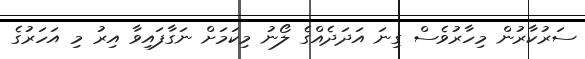
ސަރުކާރުން މިހާރުވެސް ގިނަ އަދަދެއްގެ ލޯނު މިކަމަށް ނަގާފައިވާ އިރު މި އަހަރުގެ